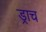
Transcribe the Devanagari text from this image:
ड्राच